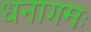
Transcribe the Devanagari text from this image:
धनागमः